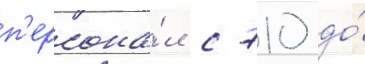
п'ерсона́л с 710 до́